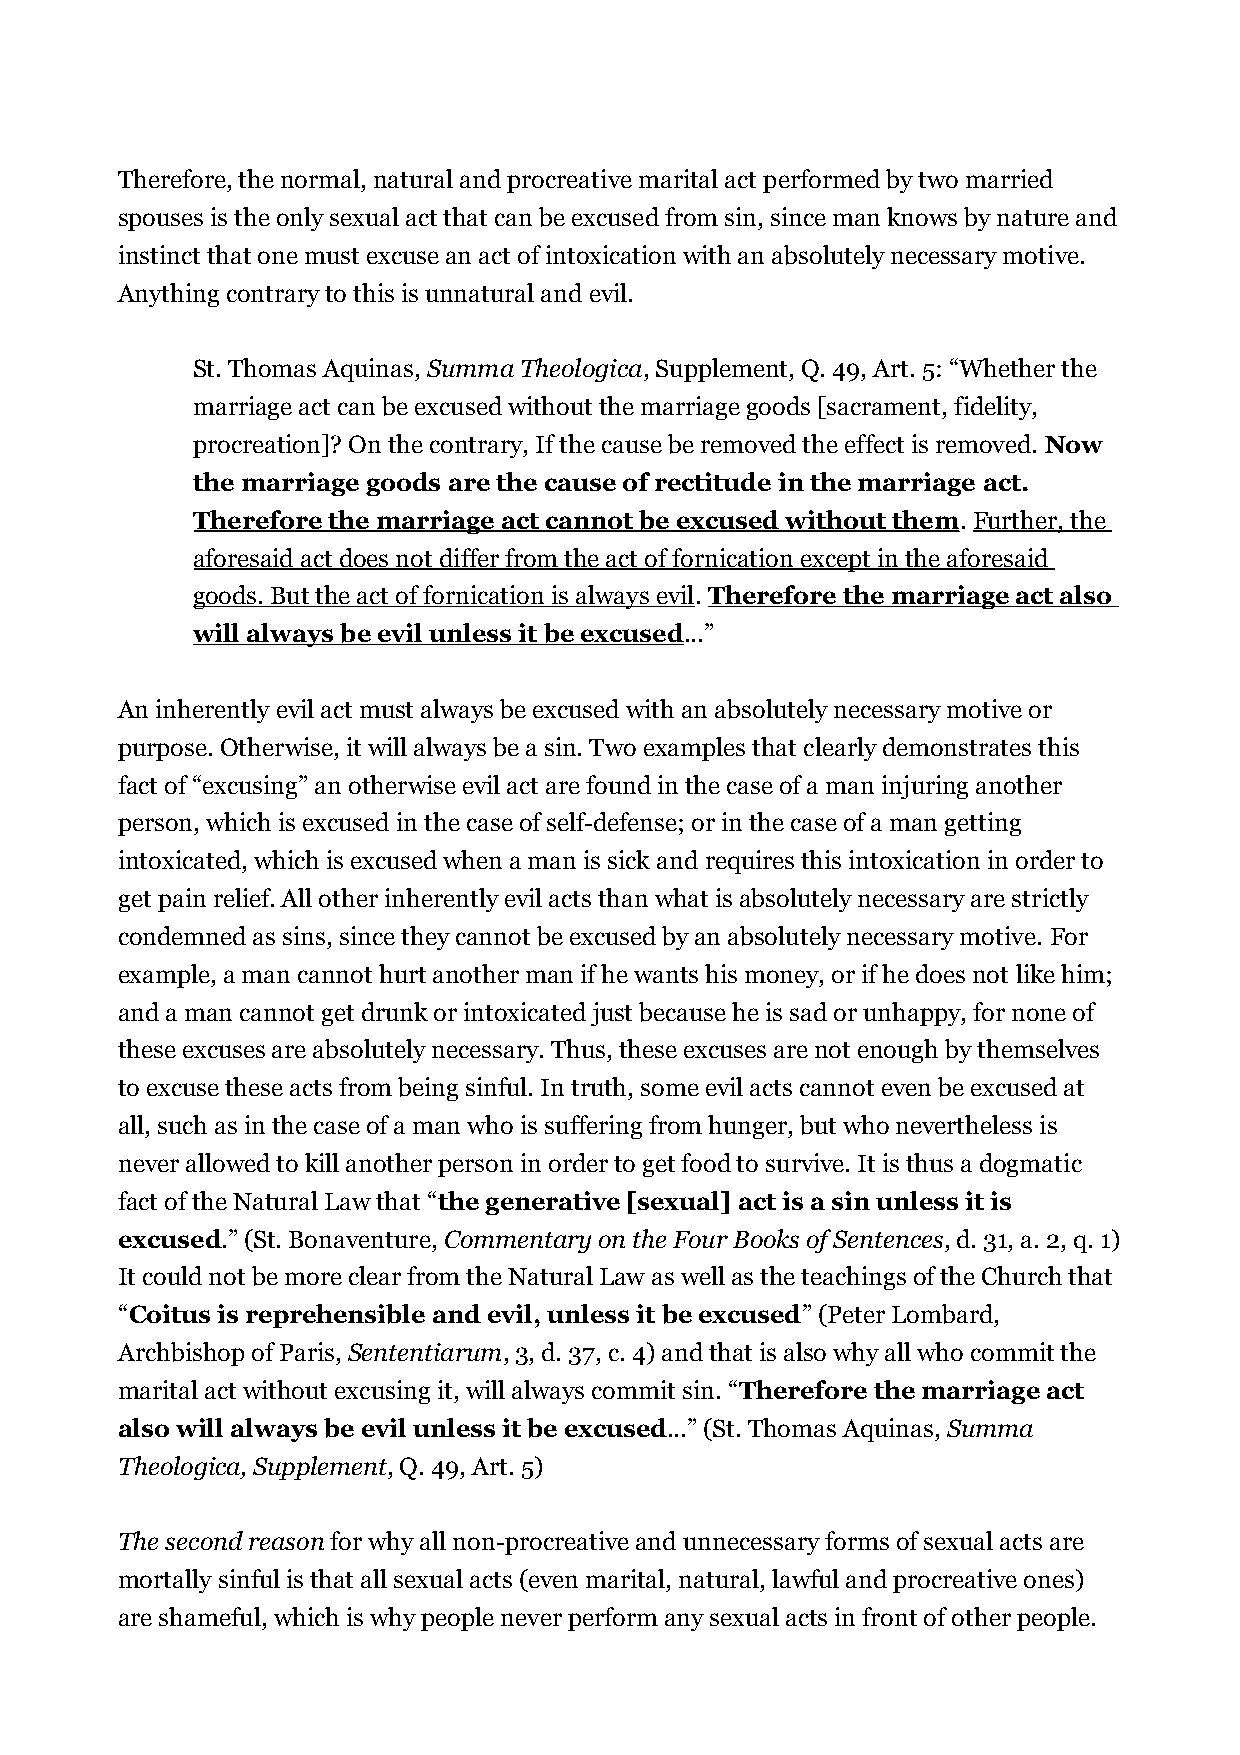
Therefore, the normal, natural and procreative marital act performed by two married
 spouses is the only sexual act that can be excused from sin, since man knows by nature and
 instinct that one must excuse an act of intoxication with an absolutely necessary motive.
 Anything contrary to this is unnatural and evil.
 St. Thomas Aquinas, Summa Theologica, Supplement, Q. 49, Art. 5: “Whether the
 marriage act can be excused without the marriage goods [sacrament, fidelity,
 procreation]? On the contrary, If the cause be removed the effect is removed. Now
 the marriage goods are the cause of rectitude in the marriage act.
 Therefore the marriage act cannot be excused without them. Further, the
 aforesaid act does not differ from the act of fornication except in the aforesaid
 goods. But the act of fornication is always evil. Therefore the marriage act also
 will always be evil unless it be excused...”
 An inherently evil act must always be excused with an absolutely necessary motive or
 purpose. Otherwise, it will always be a sin. Two examples that clearly demonstrates this
 fact of “excusing” an otherwise evil act are found in the case of a man injuring another
 person, which is excused in the case of self-defense; or in the case of a man getting
 intoxicated, which is excused when a man is sick and requires this intoxication in order to
 get pain relief. All other inherently evil acts than what is absolutely necessary are strictly
 condemned as sins, since they cannot be excused by an absolutely necessary motive. For
 example, a man cannot hurt another man if he wants his money, or if he does not like him;
 and a man cannot get drunk or intoxicated just because he is sad or unhappy, for none of
 these excuses are absolutely necessary. Thus, these excuses are not enough by themselves
 to excuse these acts from being sinful. In truth, some evil acts cannot even be excused at
 all, such as in the case of a man who is suffering from hunger, but who nevertheless is
 never allowed to kill another person in order to get food to survive. It is thus a dogmatic
 fact of the Natural Law that “the generative [sexual] act is a sin unless it is
 excused.” (St. Bonaventure, Commentary on the Four Books of Sentences, d. 31, a. 2, q. 1)
 It could not be more clear from the Natural Law as well as the teachings of the Church that
 “Coitus is reprehensible and evil, unless it be excused” (Peter Lombard,
 Archbishop of Paris, Sententiarum, 3, d. 37, c. 4) and that is also why all who commit the
 marital act without excusing it, will always commit sin. “Therefore the marriage act
 also will always be evil unless it be excused...” (St. Thomas Aquinas, Summa
 Theologica, Supplement, Q. 49, Art. 5)
 The second reason for why all non-procreative and unnecessary forms of sexual acts are
 mortally sinful is that all sexual acts (even marital, natural, lawful and procreative ones)
 are shameful, which is why people never perform any sexual acts in front of other people.